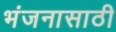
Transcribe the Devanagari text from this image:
भंजनासाठी